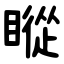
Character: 瞛